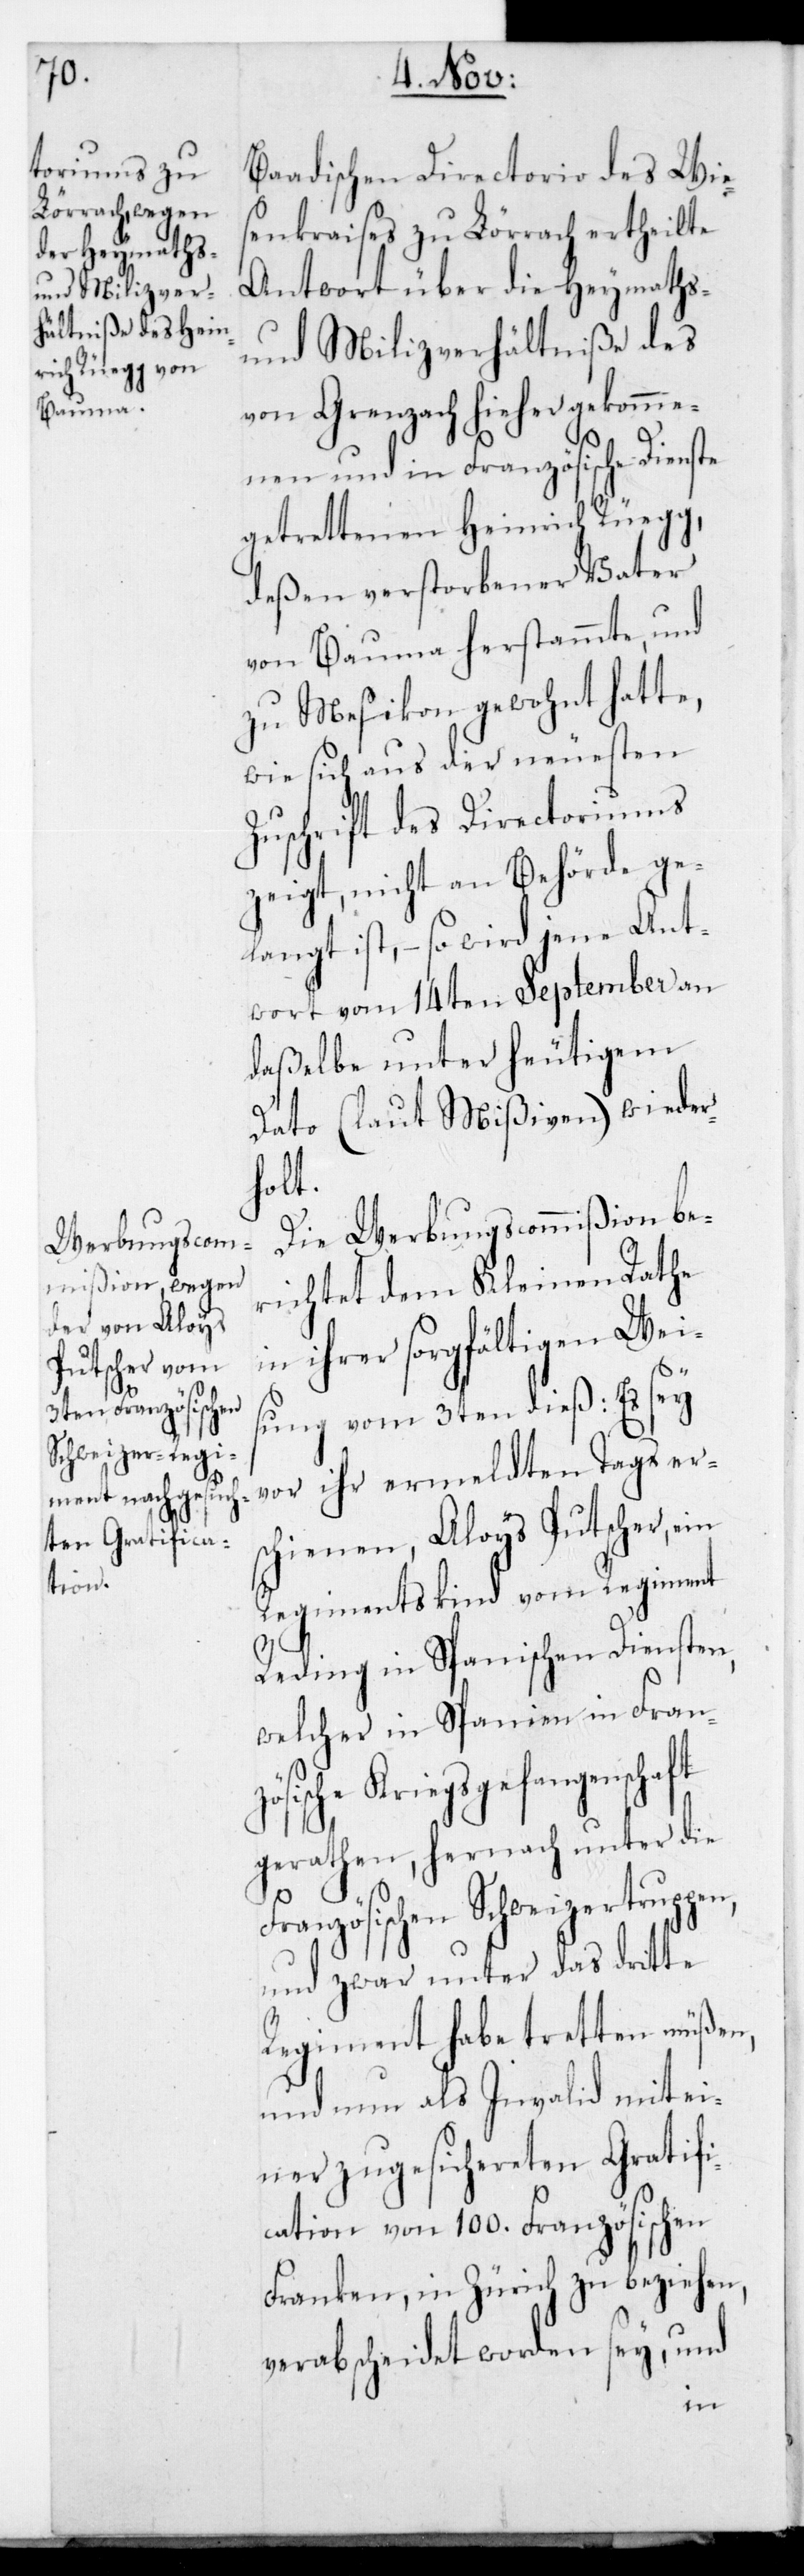
te

Baadischen Directorio des Wie¬
senkraises zu Lörrach ertheilte
Antwort über die Heymaths-
und Milizverhältniße des
von Grenzach hieher gekomme¬
nen und in Französische Diens¬
getrettenen Heinrich Rüegg,
deßen verstorbener Vater
von Bauma herstammte, und
zu Mesikon gewohnt hatte,
wie sich aus der neuesten
Zuschrift des Directoriums
zeigt, nicht an Behörde ge¬
langt ist, – so wird jene Ant¬
wort vom 14ten September an
daßelbe unter heutigem
Dato (laut Mißiven) wieder¬
holt.
Die Werbungscommißion be¬
richtet dem Kleinen Rathe
in ihrer sorgfältigen Weis¬
ung vom 3ten dieß: Es sey
vor ihr ermeldten Tags er¬
schienen, Aloys Putscher, ein
Regimentskind vom Regiment
Reding in Spanischen Diensten,
welcher in Spanien in Franzö¬
sische Kriegsgefangenschaft
gerathen, hernach unter die
Französischen Schweizertruppen,
und zwar unter das dritte
Regiment habe tretten müßen,
und nun als Invalid mit ei¬
ner zugesichereten Gratifi¬
cation von 100. Französischen
Franken, in Zürich zu beziehen,
verabscheidet worden sey, und